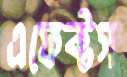
এফেক্টস